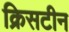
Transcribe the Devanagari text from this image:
क्रिसटीन